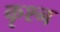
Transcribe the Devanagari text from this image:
कृश्न